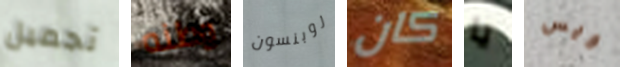
تجميل وطنه روبنسون كان يا ويس